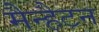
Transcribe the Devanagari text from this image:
मैन्हैटन